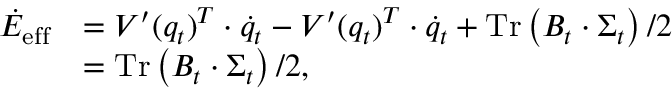
\begin{array} { r l } { \dot { E } _ { \mathrm { e f f } } } & { = V ^ { \prime } ( q _ { t } ) ^ { T } \cdot \dot { q } _ { t } - V ^ { \prime } ( q _ { t } ) ^ { T } \cdot \dot { q } _ { t } + \operatorname { T r } \left( B _ { t } \cdot \Sigma _ { t } \right) / 2 } \\ & { = \operatorname { T r } \left( B _ { t } \cdot \Sigma _ { t } \right) / 2 , } \end{array}